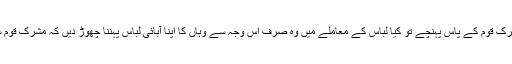
اسلام اگر انٹارکٹکا کی مشرک قوم کے پاس پہنچے تو کیا لباس کے معاملے میں وہ صرف اس وجہ سے وہاں کا اپنا آبائی لباس پہننا چھوڑ دیں کہ مشرک قوم سے مشابہت ہو جائے گی۔